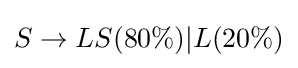
S\to LS(80\%)|L(20\%)